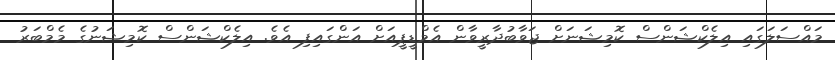
މައްސަލަގައި އިލެކްޝަންސް ކޮމިޝަނަށް ޖަވާބުދާރީވާން އެމްޑީޕީއަށް އަންގައިިފި އެވެ. އިލެކްޝަންސް ކޮމިޝަނުގެ މެމްބަރު